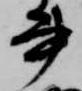
書